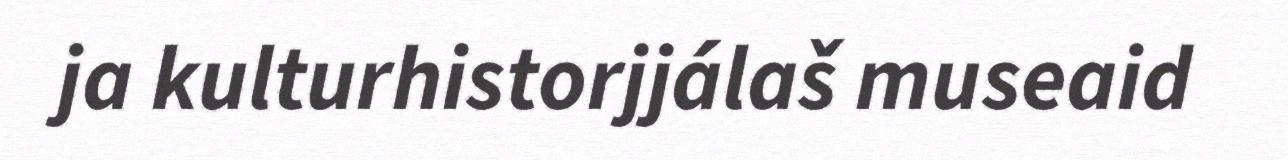
ja kulturhistorjjálaš museaid